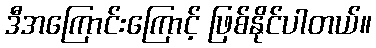
ဒီအကြောင်းကြောင့် ဖြစ်နိုင်ပါတယ်။